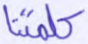
كلمتنا